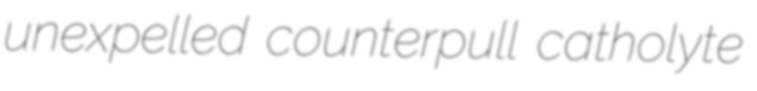
unexpelled counterpull catholyte